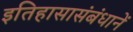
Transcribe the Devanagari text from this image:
इतिहासासंबंधानें